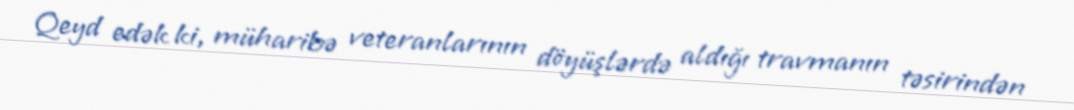
Qeyd edək ki, müharibə veteranlarının döyüşlərdə aldığı travmanın təsirindən